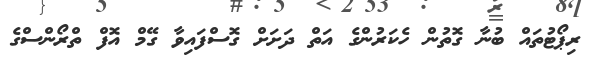
ރިޕޯޓުތައް ބުނާ ގޮތުން ހެކަރުންގެ އަތް ދަށަށް ގޮސްފައިވާ ގޭމް އޮފް ތްރޯންސްގެ